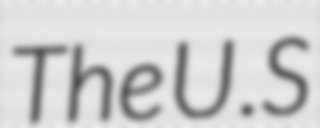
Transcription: The U.S